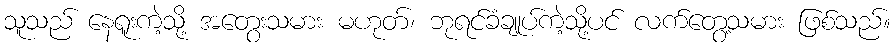
သူသည် နေရူးကဲ့သို့ အတွေးသမား မဟုတ်၊ ဘုရင်ခံချုပ်ကဲ့သို့ပင် လက်တွေ့သမား ဖြစ်သည်။